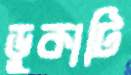
ডুকাটি